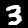
Label: 3